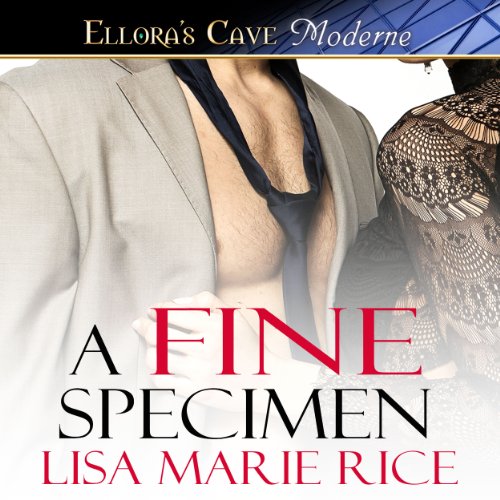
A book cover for A Fine Specimen; Lisa Marie Rice; Romance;